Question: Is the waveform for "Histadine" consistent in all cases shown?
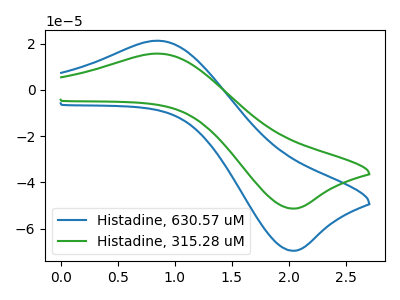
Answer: <think>The blue curve "Histadine, 630.57 uM" has an anodic peak at (0.85V, 21.25uA) and a cathodic peak at (2.00V, -69.50uA). The green curve "Histadine, 315.28 uM" has an anodic peak at (0.85V, 15.65uA) and a cathodic peak at (2.00V, -51.30uA).
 All the peaks in "Histadine, 630.57 uM" have a peak in "Histadine, 315.28 uM" at the same potential. Every peak in "Histadine, 630.57 uM" is higher than every peak in "Histadine, 315.28 uM".</think>
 <answer>All the CV's of "Histadine" have similar shape.</answer>
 <eval>follow_rule</eval>